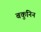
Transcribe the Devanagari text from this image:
बकुनिन